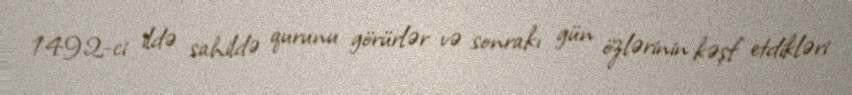
1492-ci ildə sahildə qurunu görürlər və sonrakı gün özlərinin kəşf etdikləri